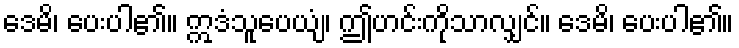
ဒေမိ၊ ပေးပါ၏။ ဣဒံသူပေယျံ၊ ဤဟင်းကိုသာလျှင်။ ဒေမိ၊ ပေးပါ၏။